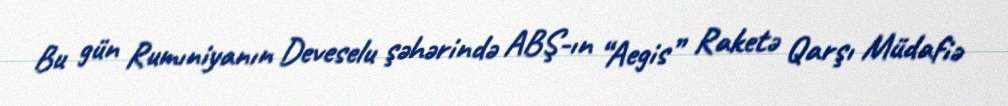
Bu gün Rumıniyanın Deveselu şəhərində ABŞ-ın “Aegis” Raketə Qarşı Müdafiə